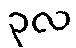
၃လ